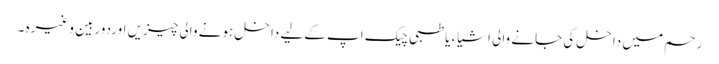
رحم میں داخل کی جانے والی اشیاء یا طبی چیک اپ کےلیے داخل ہونے والی چیزیں اوردوربین وغیرہ ۔